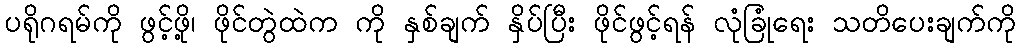
ပရိုဂရမ်ကို ဖွင့်ဖို့၊ ဖိုင်တွဲထဲက ကို နှစ်ချက် နှိပ်ပြီး ဖိုင်ဖွင့်ရန် လုံခြုံရေး သတိပေးချက်ကို